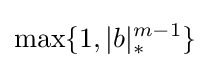
\max\{1,|b|_{*}^{m-1}\}